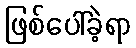
ဖြစ်ပေါ်ခဲ့ရာ